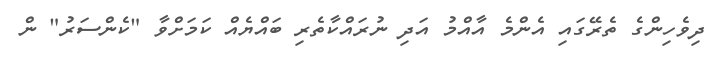
ދިވެހިންގެ ތެރޭގައި އެންމެ އާއްމު އަދި ނުރައްކާތެރި ބައްޔެއް ކަމަށްވާ "ކެންސަރު" ން